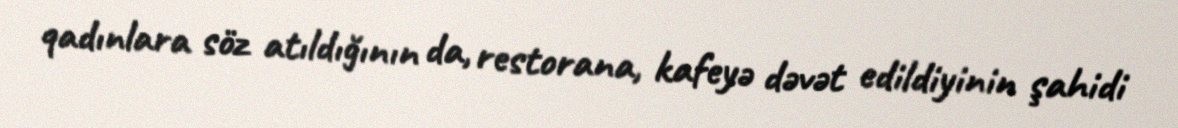
qadınlara söz atıldığının da, restorana, kafeyə dəvət edildiyinin şahidi